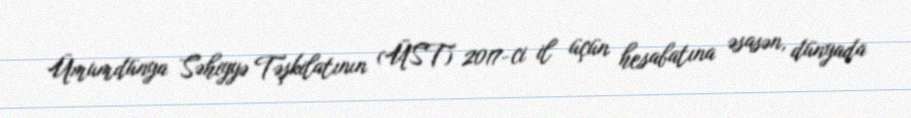
Ümumdünya Səhiyyə Təşkilatının (ÜST) 2017-ci il üçün hesabatına əsasən, dünyada